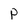
Character: p